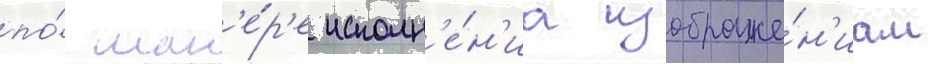
по́ ман'е́р'е исполн'е́н'иа изображе́н'иам